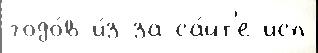
годо́в и́з-за са́йт'е исп